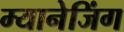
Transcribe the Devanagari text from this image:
म्यानेजिंग